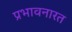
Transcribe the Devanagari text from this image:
प्रभावनारत